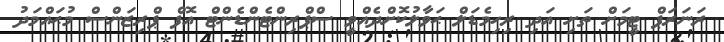
ރަނަރަޕް ޓީމަށް ތަށި އަދި ރިހިމެޑަލް ޙަވާލުކޮށްދެއްވީ ސްޕްރިންޓެންޑެންޓް އޮފް ޕްރިޒަންސް މުޙައްމަދު